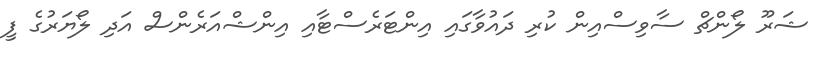
ޝަރޫ ލޯންޗް ސާވިސްއިން ކުރި ދައުވާގައި އިންޓަރެސްޓާއި އިންޝްއަރެންސް އަދި ލޯޔަރުގެ ފީ